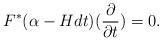
LaTeX: \begin{align*}F^*(\alpha-Hdt)(\frac{\partial}{\partial t})=0.\end{align*}